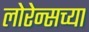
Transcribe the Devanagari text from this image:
लोरेन्सच्या